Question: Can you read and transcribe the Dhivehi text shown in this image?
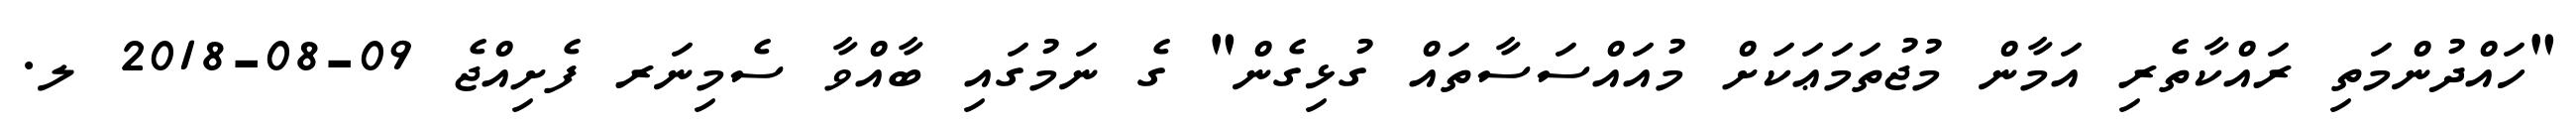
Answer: "ހައްދުންމަތި ރައްކާތެރި އަމާން މުޖުތަމަޢަކަށް މުއައްސަސާތައް ގުޅިގެން" ގެ ނަމުގައި ބާއްވާ ސެމިނަރ ފެށިއްޖެ 09-08-2018 ލ.